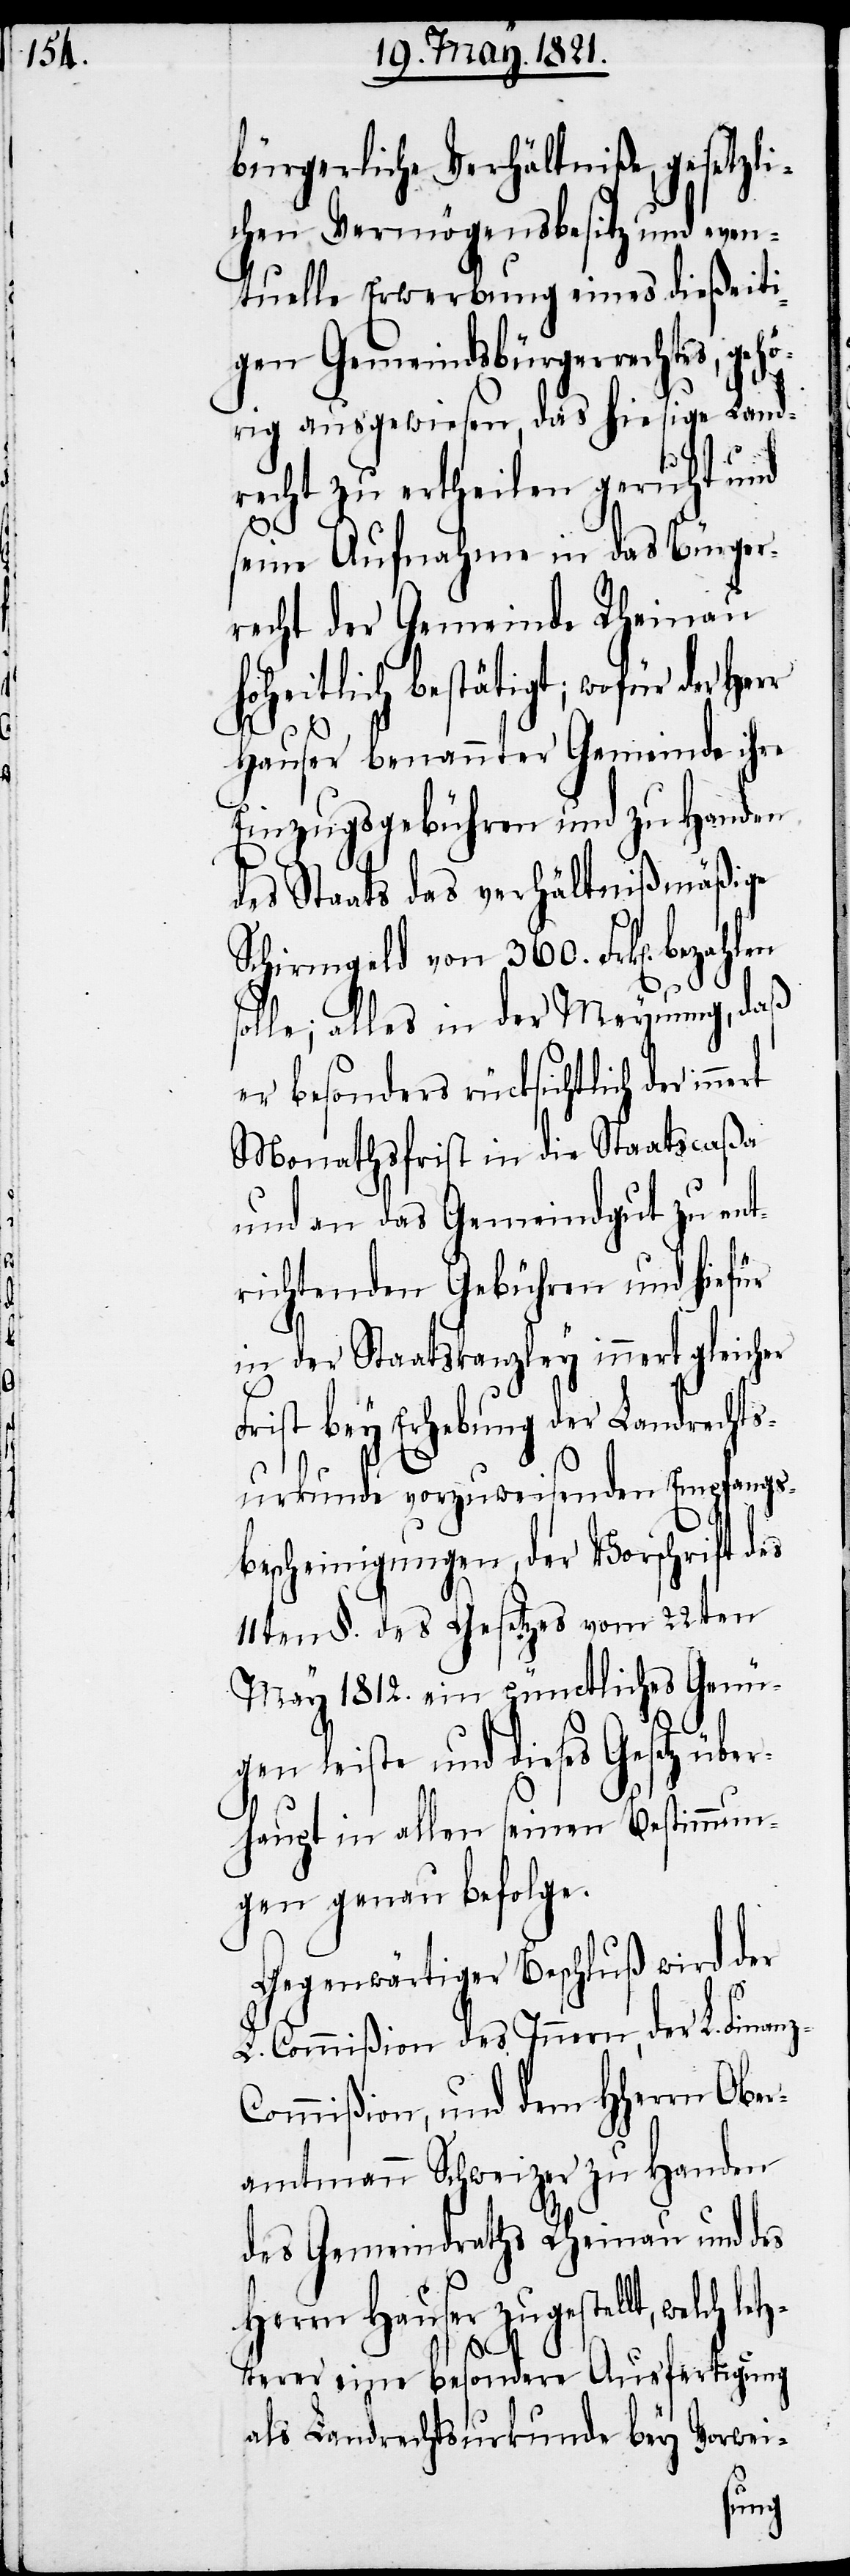
bürgerliche Verhältniße, gesetzli¬
chen Vermögensbesitz und even¬
tuelle Erwerbung eines dießeiti¬
gen Gemeindsbürgerrechtes, geh¬
örig ausgewiesen, das hiesige Land¬
recht zu ertheilen geruht und
seine Aufnahme in das Bürger¬
recht der Gemeinde Rheinau
hoheitlich bestätigt; wofür der
Hauser benannter Gemeinde ihre
Einzugsgebühren und zu Handen
des Staates das Verhältnißmäßige
Schirmgeld von 360. Frk[en].
solle; alles in der Meynung, daß
er besonders rücksichtlich der
Monathsfrist in die Staatscaßa
und an das Gemeindgut zu ent¬
richtenden Gebühren und hiefür
in der Staatskanzley innert gleicher
Frist bey Erhebung der Landrechts¬
urkunde vorzuweisenden Empfangs¬
bescheinigungen, der Vorschrift des
11ten §. des Gesetzes vom 22ten
May 1812. ein pünctliches Genü¬
ge leiste und dieses Gesetz über¬
haupt in allen seinen Bestimmun¬
gen genau befolge.
Gegenwärtiger Beschluß wird der
L. Commißion des Innern, der L. Finanz-C¬
ommißion, und dem HHerrn Ober¬
amtmann Schweizer zu Handen
des Gemeindraths Rheinau und des
Herrn Hauser zugestellt, welch le¬
tzterer eine besondere Ausfertigung
als Landrechtsurkunde bey Vorwei-